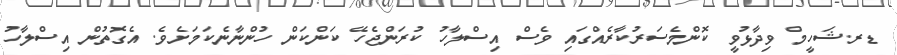
ޑރ.ޝަހީމް ވިދާޅުވީ ކޮންމެސަރުކާރެއްގައި ވެސް އިސްލާހު ކުރަންޖެހޭ ކަންކަން ހުންނާނެކަމަށެވެ. އެގޮތުން އިސްލާހު